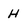
Character: H